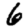
Digit: 6